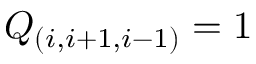
{ \cal Q } _ { ( i , i + 1 , i - 1 ) } = 1